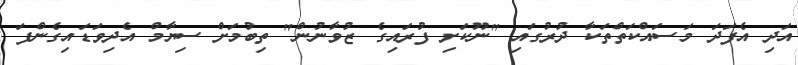
އަދި އެފަދަ މަސައްކަތްތަކާ ދުރުގައި "ނޫކަށި ފުރައިގެ ޒުވާނުން" ތިބުމަށް ސިޔާމް އެދިވަޑައިގެންފަ